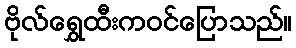
ဗိုလ်ရွှေထီးကဝင်ပြောသည်။